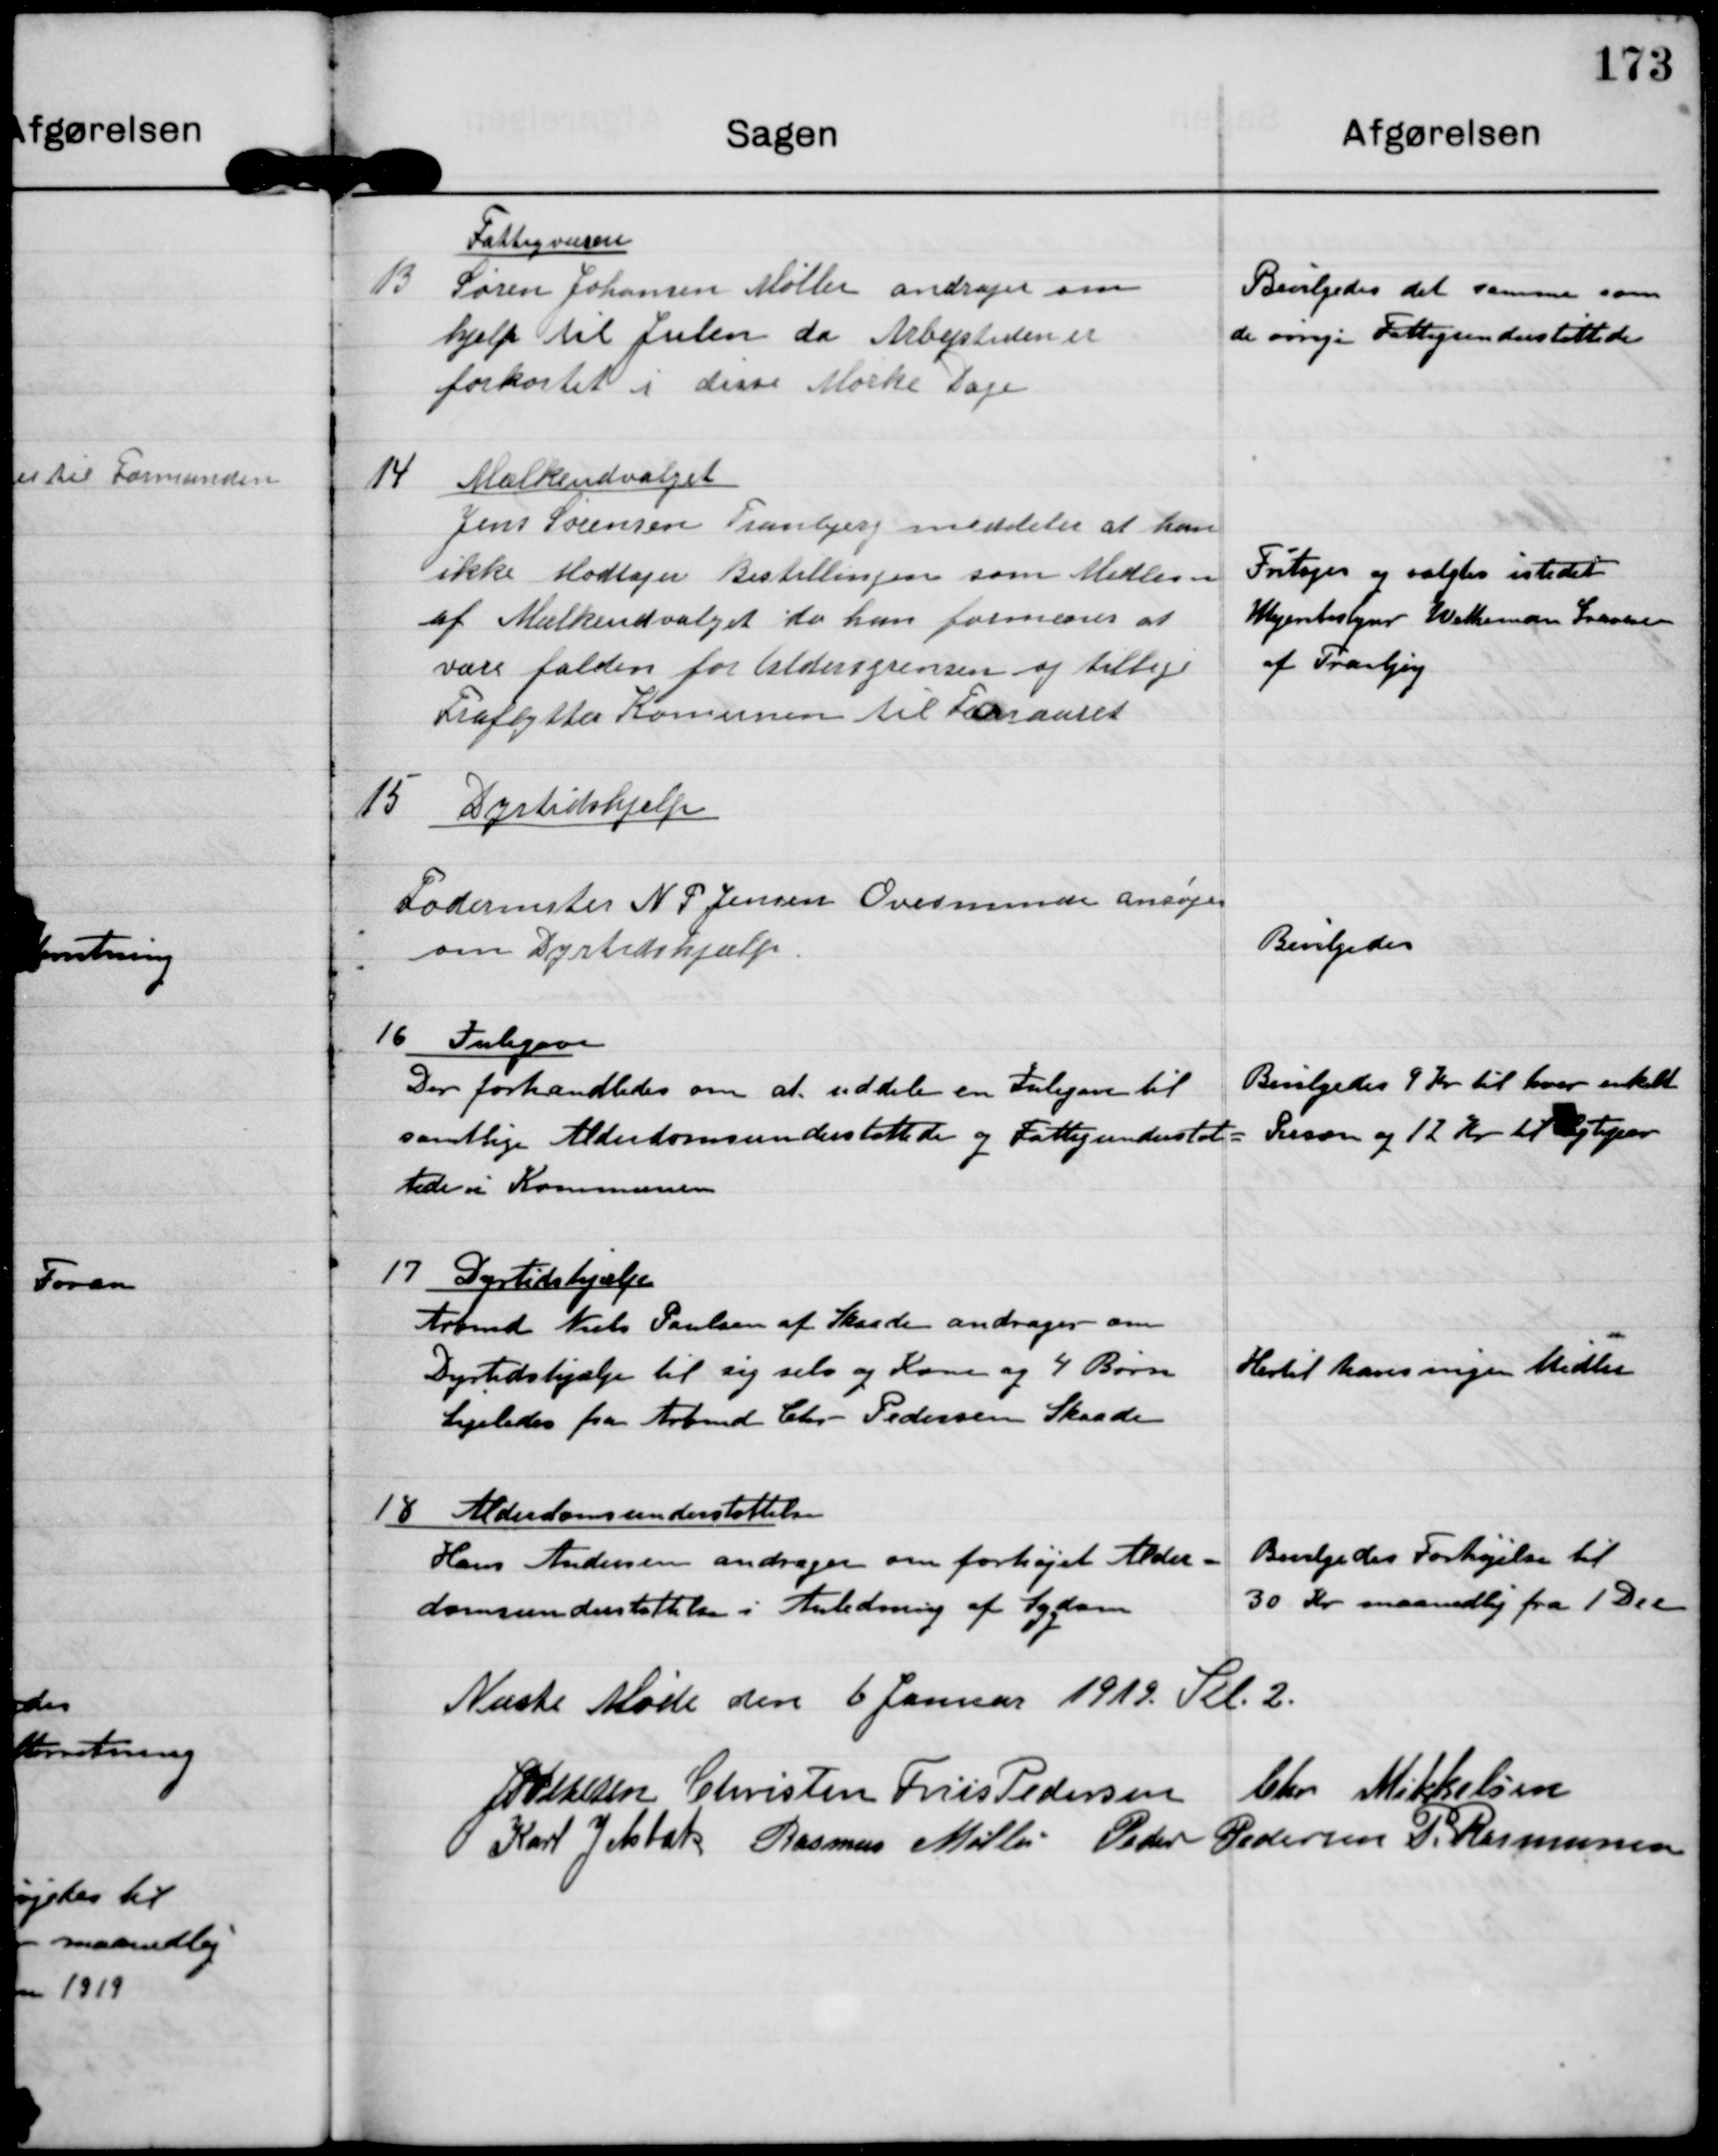
Transskription:
Fattigvæsen
13
Søren Johansen Møller andrager om
hjælp til Julen da Arbejdstiden er
forkortet i disse Mørke dage.

Bevilgedes det samme som
de øvrige Fattigunderstøttede

14 Mælkeudvalget
Jens Sørensen Tranbjerg meddeler at han
ikke Modtager Bestillingen som Medlem
af Mælkeudvalget da han formenes at
være falden for Aldersgrensen og tillige
Fraflytter Kommunen til Foraaret

Fritages og valgtes i stedet
Hjembestyrer Witheman Iversen
af Tranbjerg

15
Dyrtidshjælp
Fodermester N P Jensen Ovesminde ansøger
om Dyrtidshjælp

Bevilgedes

16 Julegave
Der forhandledes om at uddele en Julegave til
samtlige Alderdomsunderstøttede og Fattigunderstøt-
tede i Kommunen

Bevilgedes 9 kr til hver enkelt
person og 12 Kr til Ægtepar

17 Dyrtidshjælp
Arbmd Niels Poulsen af Skaade andrager om
Dyrtidshjælp til sig selv og Kone og 4 Børn
Ligedes fra Arbmd Chr Pedersen Skaade

Hertil haves ingen Midler

18 Alderdomsunderstøttelse
Hans Andersen andrager om forhøjet Alder-
domsunderstøttelse i Anledning af Sygdom

Bevilgedes Forhøjelse til
30 Kr maanedlig fra 1 Dec.

Næste Møde den 6 Januar 1919 Kl. 1

J P Pedersen

Christen Friis Pedersen

Chr Mikkelsen

Karl Jelsbak

Rasmus Møller

Peder Pedersen

P. Rasmussen